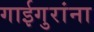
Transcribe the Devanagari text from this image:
गाईगुरांना